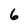
Character: 6